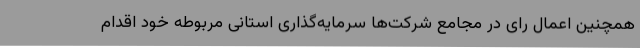
همچنین اعمال رای در مجامع شرکت‌ها سرمایه‌گذاری استانی مربوطه خود اقدام